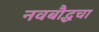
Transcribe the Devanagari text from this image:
नवबौद्धचा